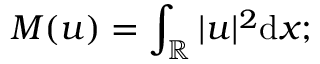
M ( u ) = \int _ { \mathbb { R } } | u | ^ { 2 } \mathrm { d } x ;